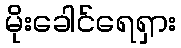
မိုးခေါင်ရေရှား